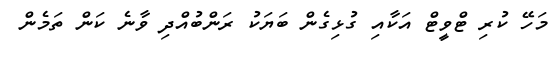
މަހޭ ކުރި ޓްވީޓް އަކާއި ގުޅިގެން ބަޔަކު ރަންބުއްދި ވާނެ ކަން ތަމެން